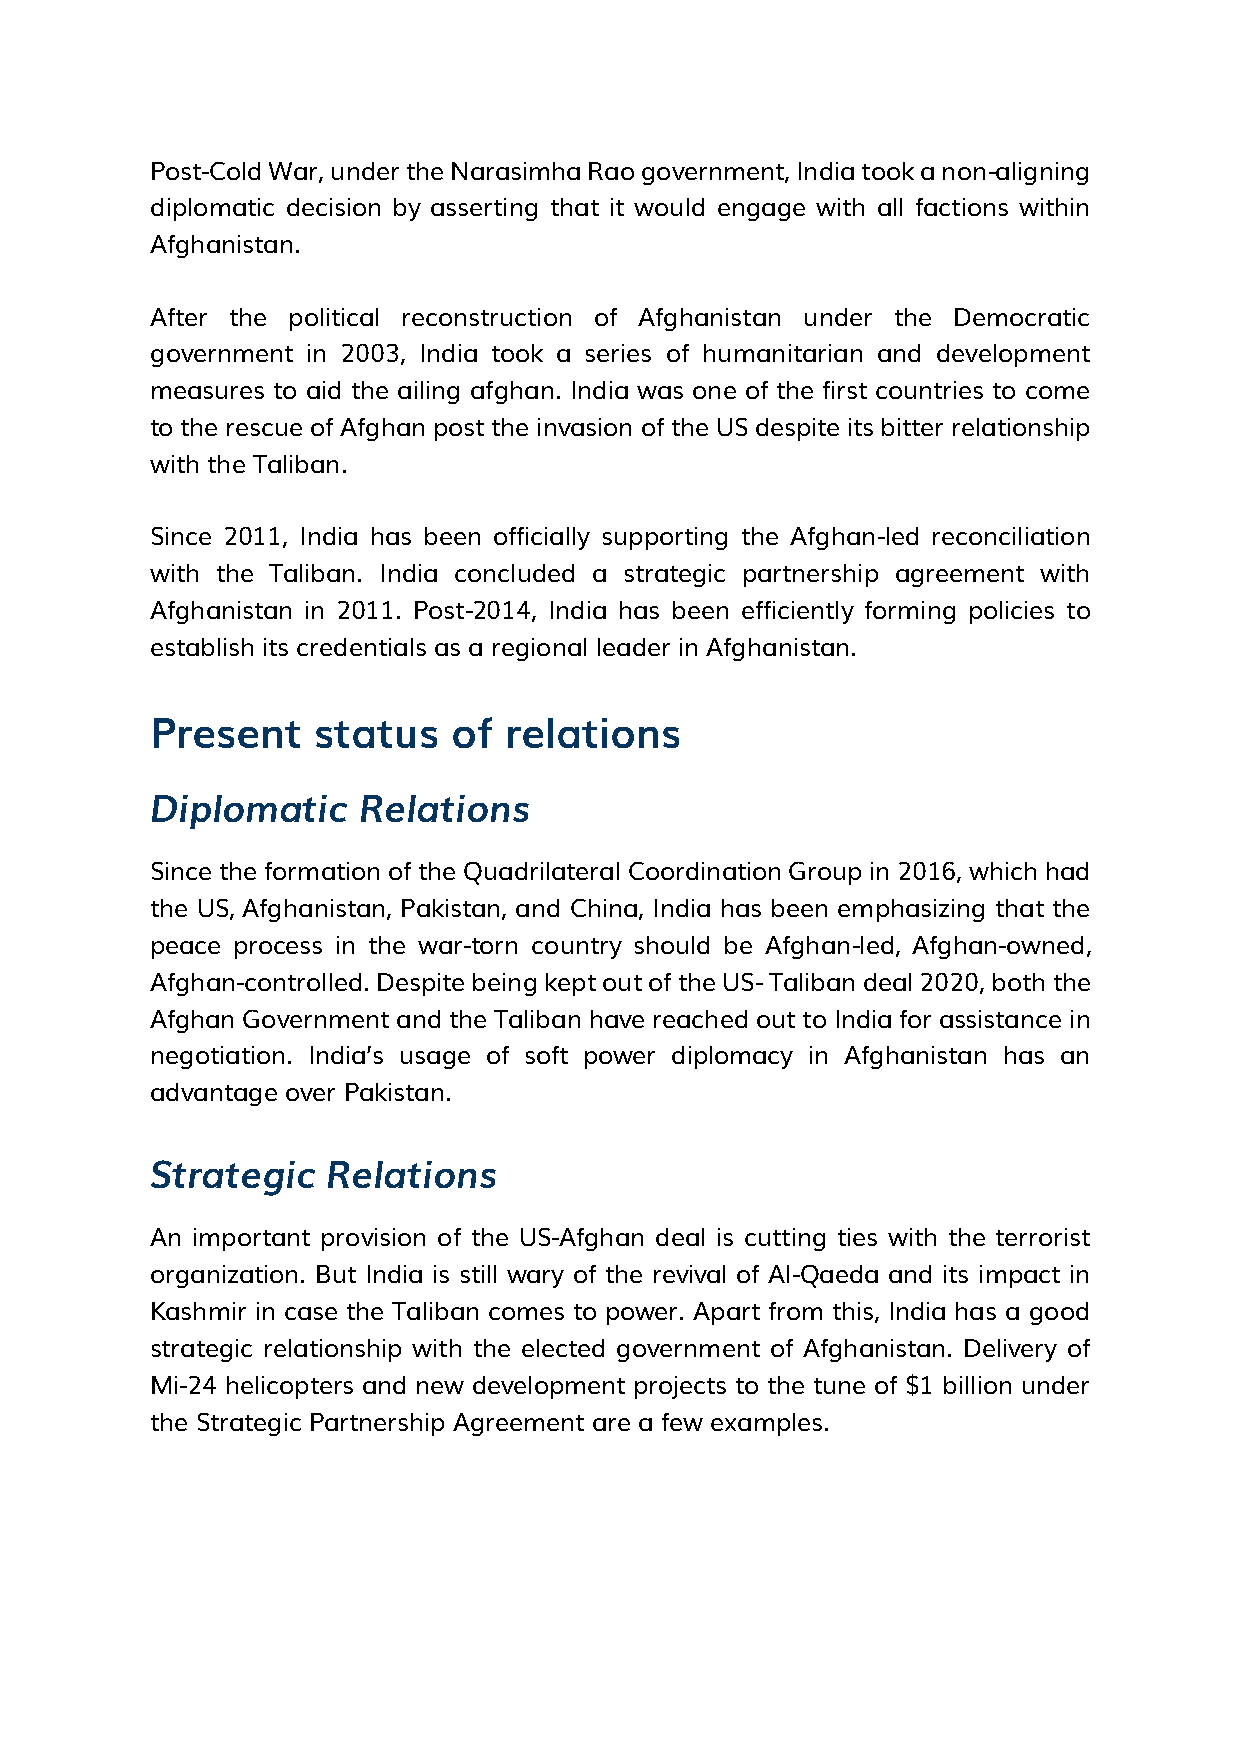
Post-Cold War, under the Narasimha Rao government, India took a non-aligning
 diplomatic decision by asserting that it would engage with all factions within
 Afghanistan.
 After the political reconstruction of Afghanistan under the Democratic
 government in 2003, India took a series of humanitarian and development
 measures to aid the ailing afghan. India was one of the first countries to come
 to the rescue of Afghan post the invasion of the US despite its bitter relationship
 with the Taliban.
 Since 2011, India has been officially supporting the Afghan-led reconciliation
 with the Taliban. India concluded a strategic partnership agreement with
 Afghanistan in 2011. Post-2014, India has been efficiently forming policies to
 establish its credentials as a regional leader in Afghanistan.
 Present    status   of relations
 Diplomatic    Relations
 Since the formation of the Quadrilateral Coordination Group in 2016, which had
 the US, Afghanistan, Pakistan, and China, India has been emphasizing that the
 peace process in the war-torn country should be Afghan-led, Afghan-owned,
 Afghan-controlled. Despite being kept out of the US- Taliban deal 2020, both the
 Afghan Government and the Taliban have reached out to India for assistance in
 negotiation. India’s usage of soft power diplomacy in Afghanistan has an
 advantage over Pakistan.
 Strategic   Relations
 An important provision of the US-Afghan deal is cutting ties with the terrorist
 organization. But India is still wary of the revival of Al-Qaeda and its impact in
 Kashmir in case the Taliban comes to power. Apart from this, India has a good
 strategic relationship with the elected government of Afghanistan. Delivery of
 Mi-24 helicopters and new development projects to the tune of $1 billion under
 the Strategic Partnership Agreement are a few examples.